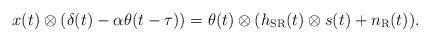
LaTeX: \begin{align*}x(t)\otimes (\delta(t) - \alpha \theta(t-\tau)) &= \theta(t) \otimes (h_{\rm SR}(t) \otimes s(t) + n_{\rm R}(t)).\end{align*}